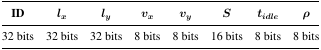
<table><thead><tr><td><b>ID</b></td><td><b><i>l</i><i><sub>x</sub></i></b></td><td><b><i>l</i><i><sub>y</sub></i></b></td><td><b><i>v</i><i><sub>x</sub></i></b></td><td><b><i>v</i><i><sub>y</sub></i></b></td><td><b><i>S</i></b></td><td><b><i>t</i><sub><i>idle</i></sub></b></td><td><b><i>ρ</i></b></td></tr></thead><tbody><tr><td>32 bits</td><td>32 bits</td><td>32 bits</td><td>8 bits</td><td>8 bits</td><td>16 bits</td><td>8 bits</td><td>8 bits</td></tr></tbody></table>